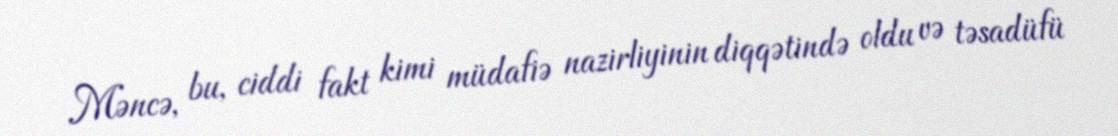
Məncə, bu, ciddi fakt kimi müdafiə nazirliyinin diqqətində oldu və təsadüfü